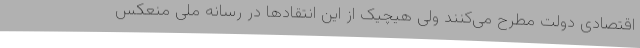
اقتصادی دولت مطرح می‌کنند ولی هیچیک از این انتقادها در رسانه ملی منعکس